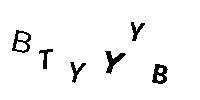
BTYYYB